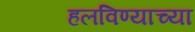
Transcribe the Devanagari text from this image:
हलविण्याच्या